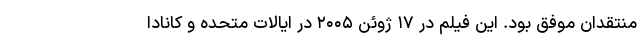
منتقدان موفق بود. این فیلم در ۱۷ ژوئن ۲۰۰۵ در ایالات متحده و کانادا